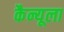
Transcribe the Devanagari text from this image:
कैन्यूला